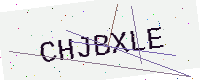
Text: CHJBXLE